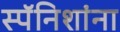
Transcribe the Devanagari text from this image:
स्पॅनिशांना